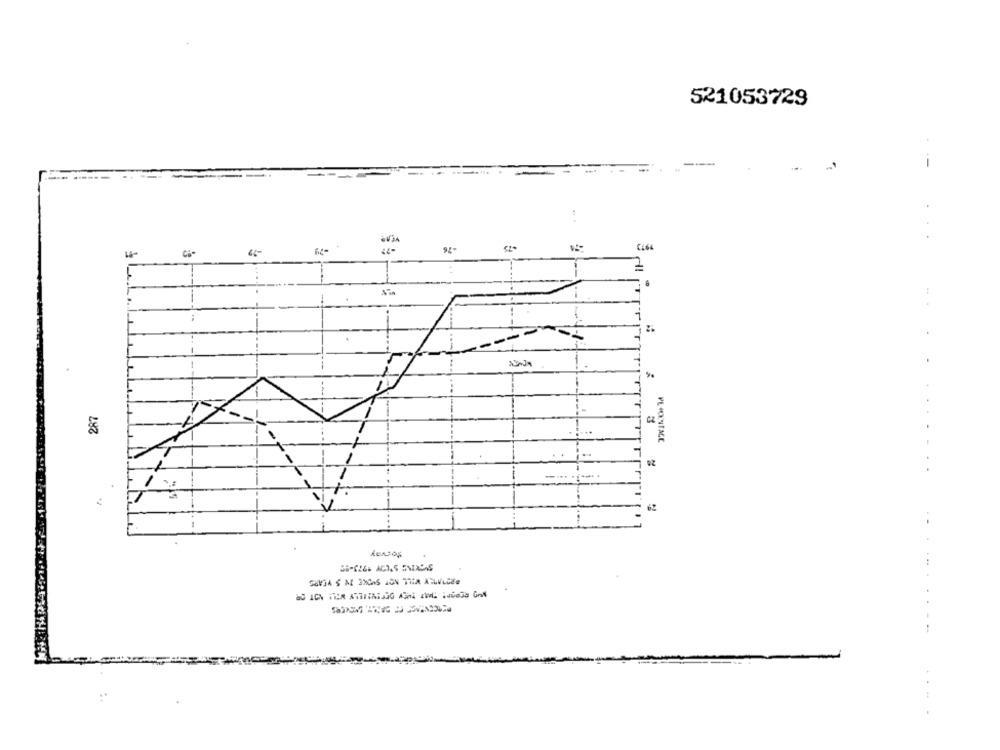
521053729
-
--
.. .
-76
CB-
---
287
CZ
PE JOUENTACE
92
--
Morvay
...... .- --
...